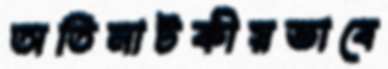
অতিনাটকীয়ভাবে